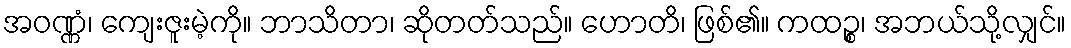
အဝဏ္ဏံ၊ ကျေးဇူးမဲ့ကို။ ဘာသိတာ၊ ဆိုတတ်သည်။ ဟောတိ၊ ဖြစ်၏။ ကထဉ္စ၊ အဘယ်သို့လျှင်။